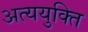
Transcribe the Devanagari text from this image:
अत्ययुक्ति